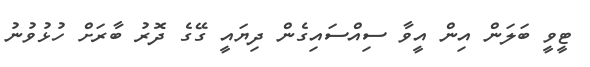
ޓީވީ ބަލަން އިން އީވާ ސިއްސައިގެން ދިޔައީ ގޭގެ ދޮރު ބާރަށް ހުޅުވުނު